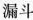
漏斗